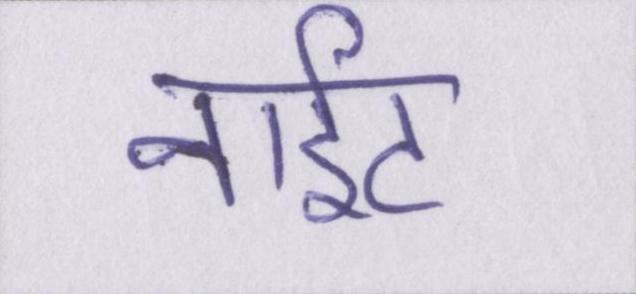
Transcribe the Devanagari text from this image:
नाईट